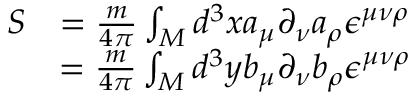
\begin{array} { l c r } { { S } } & { { = { \frac { m } { 4 \pi } } \int _ { M } { d ^ { 3 } x } a _ { \mu } \partial _ { \nu } a _ { \rho } \epsilon ^ { \mu \nu \rho } } } \\ { { } } & { { = { \frac { m } { 4 \pi } } \int _ { M } { d ^ { 3 } y } b _ { \mu } \partial _ { \nu } b _ { \rho } \epsilon ^ { \mu \nu \rho } } } \end{array}